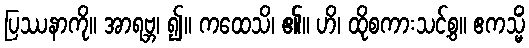
ပြဿနာကို။ အာရဗ္ဘ၊ ၍။ ကထေသိ၊ ၏။ ဟိ၊ ထိုစကားသင့်စွ။ ဧကသ္မိံ